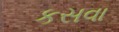
કસવા